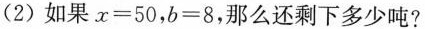
(2)如果$$x=50$$，$$b=8$$，那么还剩下多少吨?